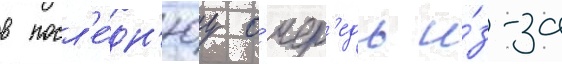
в посл'е́дн'юу о́чер'едь и́з-за